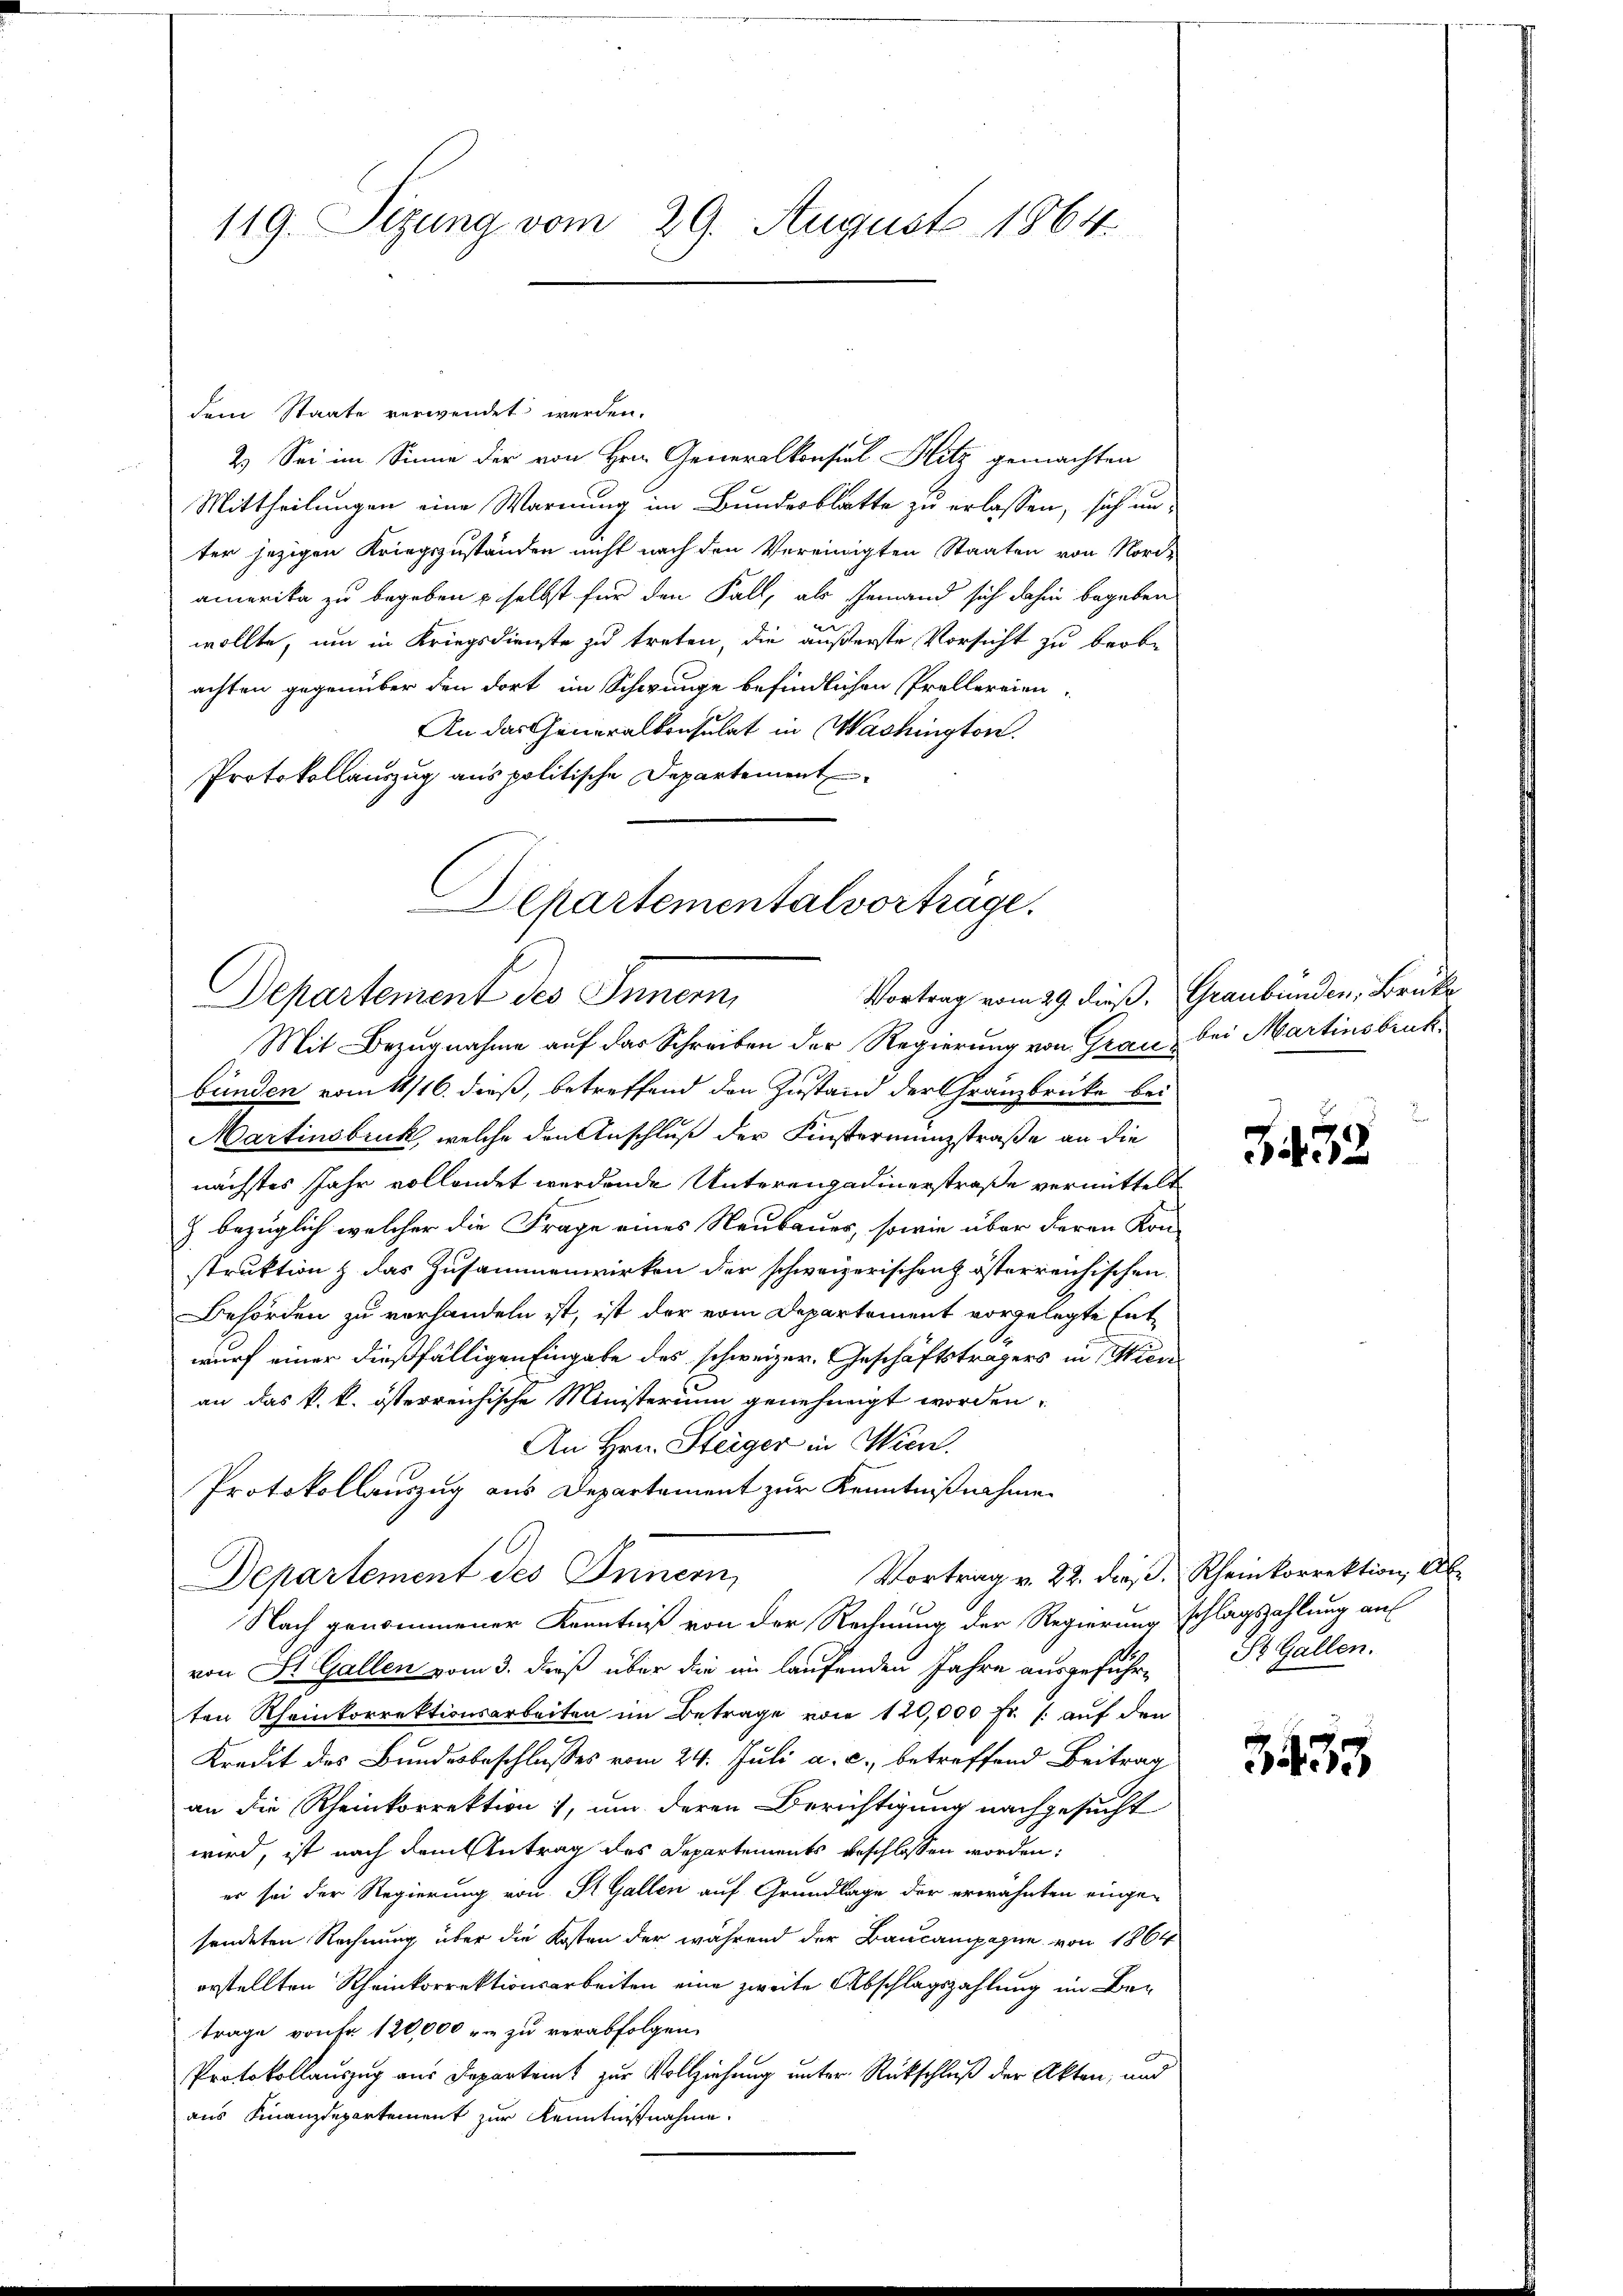
119. Sizung vom 29. August 1864.

dem Staate verwendet werden.
2.) Sei im Sinne der von Hrn. Generalkonsiel Hitz gemachten
Mittheilungen eine Warnung im Bundesblatte zu erlassen, sich unter jezigen Kriegszuständen nicht nach den Vereinigten Staaten von Nord-
amerika zu begeben u. selbst für den Fall, als Jemand sich dahin begeben
2
wollte, um in Kriegsdienste zu treten, die äußerste Vorsicht zu beobe
achten gegenüber den dort im Schwunge befindlichen Prollereien.
An das Generalkonsulat in Wachington.
Protokollauszug aus politische Departement
Mit Bezugnahme auf das Schreiben der Regierung von Grau bei Martinsbruckbünden vom 11/16. dieß, betreffend den Zustand der Gränzbrücke bei
Martinsbruck, welche den Anschluß der Finsterminsstraße an die
nächstes Jahr vollendet werdende Unterengadinerstraße vermittelt
Z. bezüglich welcher die Frage eines Neubauer, sowie über deren Kon-
struktion & das Zusammenwirken der schweizerischen österreichischen
Behörden zu vorhandeln ist, ist der vom Departement vorgelegte Entwurf einer dießfälligen Eingabe des schweizer. Geschäftsträgers in Pion
an das k. k. österreichische Ministerium genehmigt worden,
An Hrn. Steiger in Wien.
Protokollauszug aus Departement zur Kenntnißnahme
Vortrag v. 22. dieß. Rheinkorrektion, Ab¬
Departement des Innern,
Nach genommener Kenntniß von der Rechnung der Regierung schlagszahlung auf
von St. Gallen vom 3. dieß über die im laufenden Jahre ausgeführ- St. Gallen.
ten Rheinkorrektionsarbeiten im Betrage von 120,000 fr. (: auf den
Kredit des Bundesbeschlusses vom 24. Juli a. c., betreffend Beitrag
an die Rheinkorrektion, um deren Berichtigung nachgesucht
wird, ist nach dem Antrag des Departements beschlossen worden:
er sei der Regierung von St. Gallen auf Grundlage der erwähnten einge-
sendeten Rechnung über die Kosten der während der Baucampagne von 1864
orstellten Rheinkorrektionsarbeiten eine zweite Abschlagszahlung im Betrage vonFr. 120,000 r. zu verabfolgen.
Protokollauszug aus Departamt zur Vollziehung unter Rückschluß der Akten, und
aus Finanzdepartement zur Kenntnißnahme.

Departementalvorträge.
Departement des Innern,

Vortrag vom 29. dieß, Graubünden, Brüke

Bit 33

335